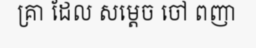
គ្រា ដែល សម្តេច ចៅ ពញា